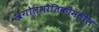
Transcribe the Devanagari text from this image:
खगोलभौतिकीमधील